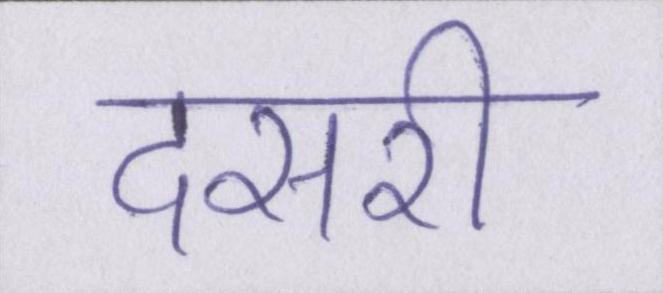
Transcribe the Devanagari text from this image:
दसरी